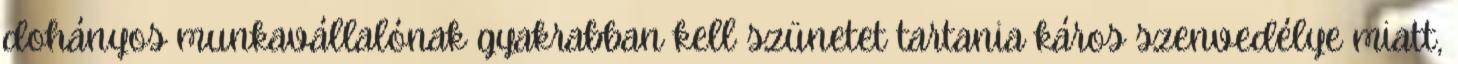
dohányos munkavállalónak gyakrabban kell szünetet tartania káros szenvedélye miatt,